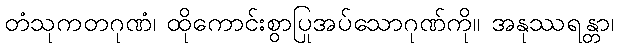
တံသုကတဂုဏံ၊ ထိုကောင်းစွာပြုအပ်သောဂုဏ်ကို။ အနုဿရန္တာ၊